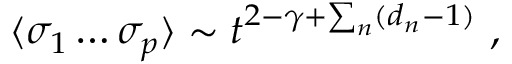
\langle \sigma _ { 1 } \dots \sigma _ { p } \rangle \sim t ^ { 2 - \gamma + \sum _ { n } ( d _ { n } - 1 ) } \ ,